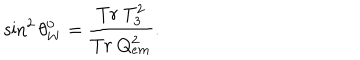
\sin ^ { 2 } \theta _ { W } ^ { 0 } = \frac { T r \ T _ { 3 } ^ { 2 } } { T r \ Q _ { e m } ^ { 2 } } .